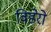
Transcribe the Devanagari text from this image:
विडेरो